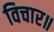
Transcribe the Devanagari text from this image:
विचार॥